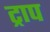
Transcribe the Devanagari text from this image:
ट्राप